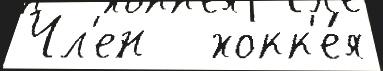
Чл'ен   хокк'е́я